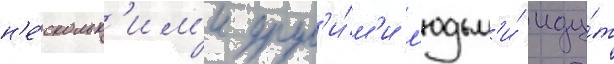
н'е́скольк'им'и друг'и́м'и л'юдьм'и́ иду́т